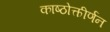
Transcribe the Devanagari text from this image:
काष्ठोत्कीर्णन